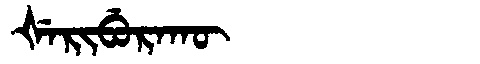
Manchu: ᡧᡝᡵᡳᠪᡠᡵᠠᡴᡡ
Romanization: ŠERIBURAKŪ